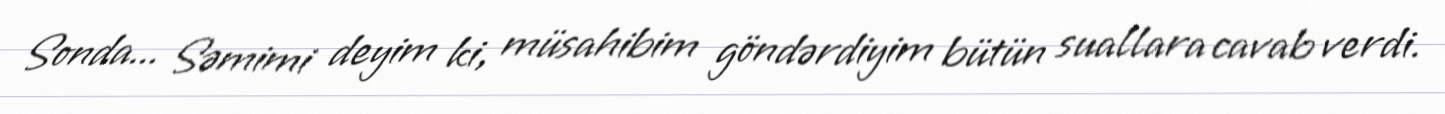
Sonda... Səmimi deyim ki, müsahibim göndərdiyim bütün suallara cavab verdi.